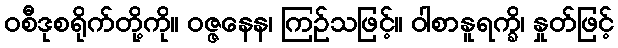
ဝစီဒုစရိုက်တို့ကို။ ဝဇ္ဇနေန၊ ကြဉ်သဖြင့်။ ဝါစာနူရက္ခိ၊ နှုတ်ဖြင့်